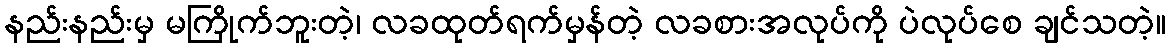
နည်းနည်းမှ မကြိုက်ဘူးတဲ့၊ လခထုတ်ရက်မှန်တဲ့ လခစားအလုပ်ကို ပဲလုပ်စေ ချင်သတဲ့။